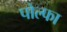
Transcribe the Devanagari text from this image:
पोल्फा